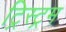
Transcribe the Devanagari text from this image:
ट्रिस्ट्रम